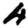
Digit: 4